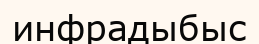
инфрадыбыс